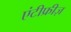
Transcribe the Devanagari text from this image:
एंटीफ्रीज़